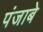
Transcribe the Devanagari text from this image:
पंजाबे